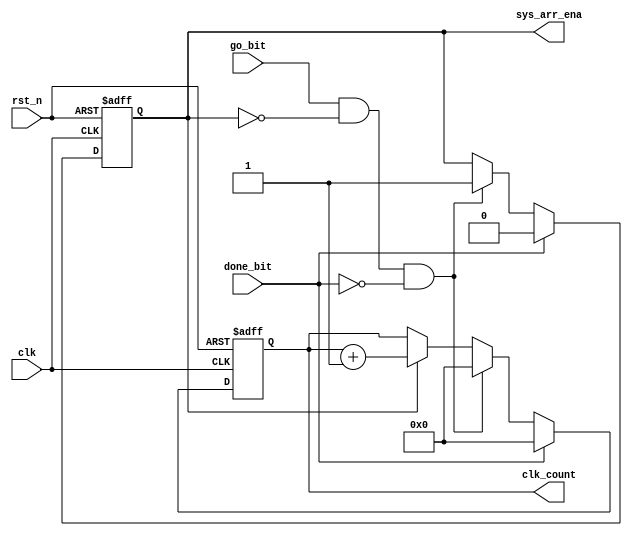
//==================================================================
// Systolic_Array_top module
//==================================================================
module systolic_array_controller
	#(parameter DATA_WIDTH = 32, DATA_SIZE = 8, DIM_SIZE = 4)
	(clk,
	 rst_n,
	 sys_arr_ena,
	 clk_count,
	 go_bit,	 
     done_bit); // port list
	
	//==================================================================
	// Declarations
	//==================================================================
	
	// I/O declarations


	input wire clk; // clock
	input wire rst_n; //Async reset
	
	input wire go_bit; //go bit from riskv
	
	output reg [3:0]clk_count;
	input wire done_bit;
	output reg sys_arr_ena; //enable to systolic array
	// end I/O declarations
	
	// inner wiring declarations

	// end inner wiring declarations
	
	//inner registers declarations

	
	//end inner registers declarations
	
	//assign initial values
	initial begin
		
		sys_arr_ena = 0;
		
		clk_count[3:0] = 0;
		
	end 
	//end assigning initial values

	//==================================================================
	// End Declarations
	//==================================================================
	
	//==================================================================
	// Structural coding
	//==================================================================

	//==================================================================
	// End Structural coding
	//==================================================================
	

		
		
	//==================================================================
	// Structural Behavior
	//==================================================================
	always @(posedge clk or negedge rst_n) begin
		if(!rst_n) begin
			 clk_count[3:0] <= 4'b0000; 
			 sys_arr_ena <= 0;
		end//end if rst_n
		else begin
			if(go_bit && sys_arr_ena==0 && done_bit == 0) begin
				sys_arr_ena <= 1;
				clk_count[3:0] <= 4'b0000;
			end
			else if	(sys_arr_ena) begin
				clk_count <= clk_count+1;
			end
			if (done_bit) begin
				sys_arr_ena <= 0;
				clk_count[3:0] <= 4'b0000;
			end
		end // end if rst_n == 1
	end // end always
	//==================================================================
	// End Structural Behavior
	//==================================================================	

endmodule
//==================================================================
// End Systolic_Array_top module
//==================================================================